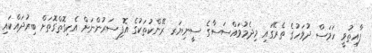
ފާއިތުވީ ހަމަސް ދުވަހުގެ ތެރޭގައި މިދެމުވައްސަސާގެ ސީނިޔަރ ރޭންކުތަކުގެ އޮފިސަރުންނަށް އެކިގޮތްގޮތަށް ބިރުދައްކައި